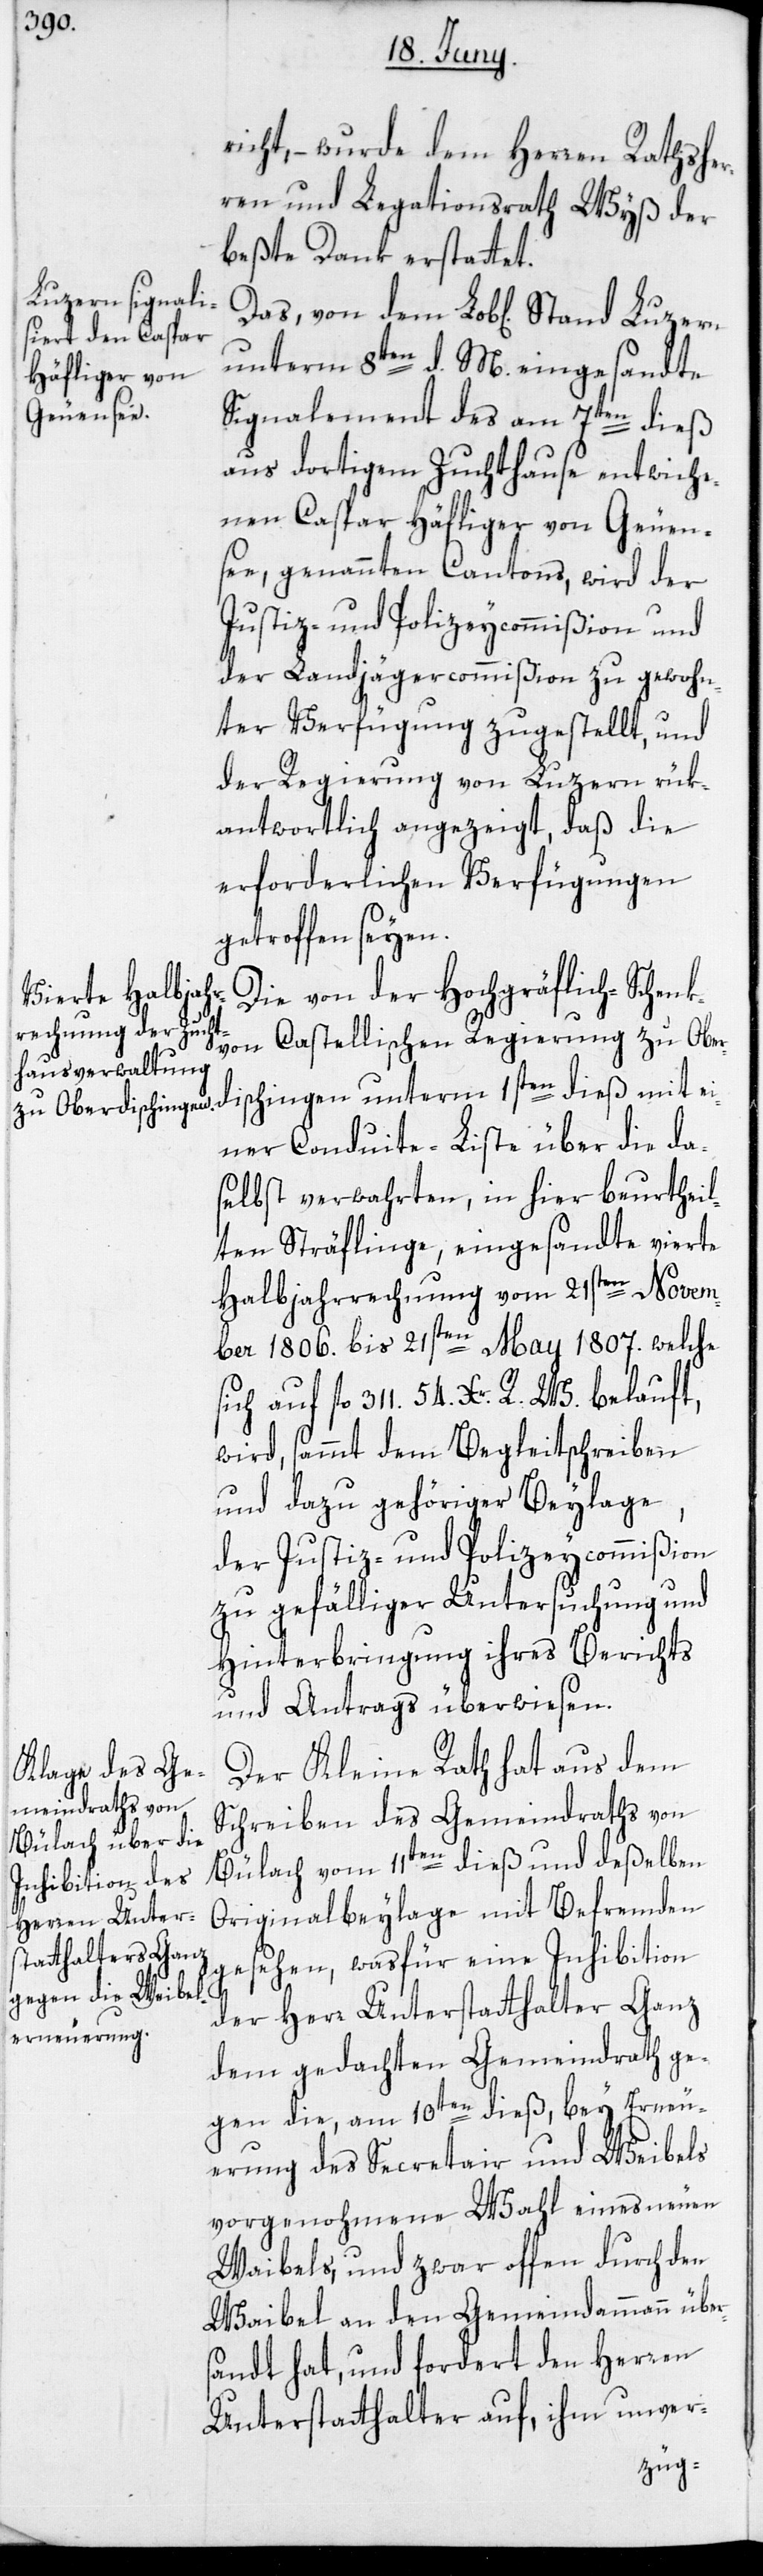
richt, – wurde dem Herren Rathsher¬
ren und Legationsrath Wyß der
beste Dank erstattet.
unterm 8ten d. M. eingesandte
Signalement des am 7ten dieß
aus dortigem Zuchthause entwiche¬
nen Caspar Häfliger von Geuen¬
see, genannten Cantons, wird der
Justiz- und Polizeycommißion und
der Landjägercommißion zu gewohn¬
ter Verfügung zugestellt, und
der Regierung von Luzern rük¬
antwortlich angezeigt, daß die
erforderlichen Verfügungen
getroffen seyen.
Die von der Hochgräflich-Schenk
von Castellischen Regierung zu Oberd¬
einer Conduite-Liste über die da¬
selbst verwahrten, in hier beurtheil¬
ten Sträflinge, eingesandte vierte
Halbjahrrechnung vom 21sten Novem¬
ber 1806. bis 21sten May 1807. welche
sich auf fl. 311. 54 Xr. R. W. belauft,
wird, sammt dem Begleitschreiben
und dazu gehöriger Beylage,
der Justiz- und Polizeycommißion
zu gefälliger Untersuchung und
Hinterbringung ihres Berichts
und Antrags überwiesen.
Der Kleine Rath hat aus dem
Schreiben des Gemeindraths von
Bülach vom 11ten dieß und deßelben
Originalbeylage mit Befremden
gesehen, was für eine Inhibition
der Herr Unterstatthalter Ganz
dem gedachten Gemeindrath ge¬
gen die, am 10ten dieß, bey Erneu¬
erung des Secretair und Weibels
vorgenohmene Wahl eines neuen
Waibels, und zwar offen durch den
Waibel an den Gemeindammann über¬
sandt hat, und fordert den Herren
Unterstatthalter auf, ihm unver-
ischingen